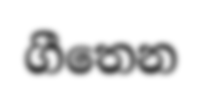
ගීතෙන